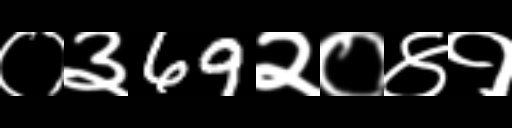
Text: ०३69२०४१